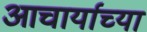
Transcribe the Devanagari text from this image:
आचार्याच्या